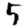
Digit: 5